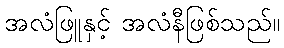
အလံဖြူနှင့် အလံနီဖြစ်သည်။